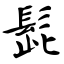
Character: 髭